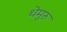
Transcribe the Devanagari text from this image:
थेमुरु